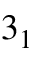
3 _ { 1 }